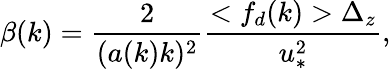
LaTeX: \beta(k)=\frac{2}{(a(k)k)^{2}}\frac{<f_{d}(k)>\Delta_{z}}{u_{*}^{2}},